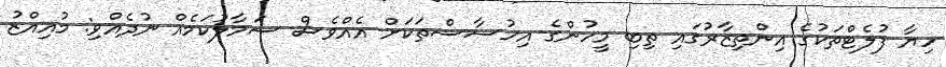
ހިޔާ ފުލެޓްތަކުގެ އިންތިޒާރުގައި ތިބި މީހުންގެ އިހުސާސްތަކަށް އެއްވެސް ސަމާލުކަމެއް ނުދެއްވި: މުއިއްޒު